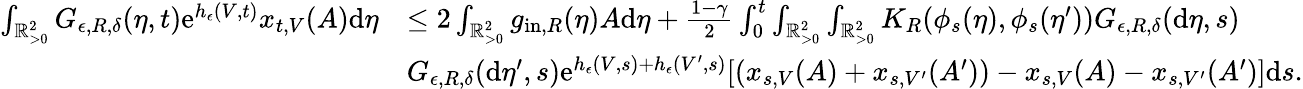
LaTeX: \begin{array}{rl}{\int_{\mathbb{R}_{>0}^{2}}G_{\epsilon,R,\delta}(\eta,t)\textup{e}^{h_{\epsilon}(V,t)}x_{t,V}(A)\textup{d}\eta}&{\leq 2\int_{\mathbb{R}_{>0}^{2}}g_{\textup{in},R}(\eta)A\textup{d}\eta+\frac{1-\gamma}{2}\int_{0}^{t}\int_{\mathbb{R}_{>0}^{2}}\int_{\mathbb{R}_{>0}^{2}}K_{R}(\phi_{s}(\eta),\phi_{s}(\eta^{\prime}))G_{\epsilon,R,\delta}(\textup{d}\eta,s)}\\ &{G_{\epsilon,R,\delta}(\textup{d}\eta^{\prime},s)\textup{e}^{h_{\epsilon}(V,s)+h_{\epsilon}(V^{\prime},s)}[(x_{s,V}(A)+x_{s,V^{\prime}}(A^{\prime}))-x_{s,V}(A)-x_{s,V^{\prime}}(A^{\prime})]\textup{d}s.}\end{array}